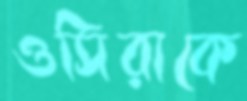
ওসিরাকে